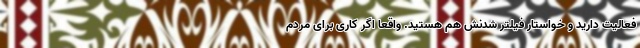
فعالیت دارید و خواستار فیلتر شدنش هم هستید. واقعا اگر کاری برای مردم